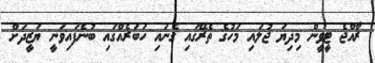
ރާއްޖެ ޓީވީން މިދިޔަ ޖުލައި މަހުގެ ތެރޭގައި ގެނައި ހަބަރެއްގައި ބުނެފައިވަނީ ޔަޒީދަށް